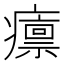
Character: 癝